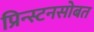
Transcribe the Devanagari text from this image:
प्रिन्स्टनसोबत